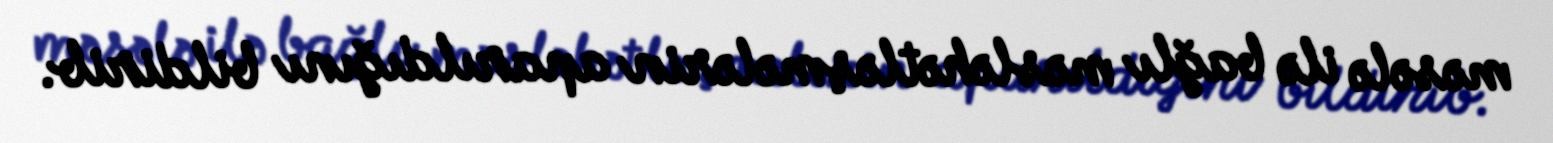
məsələ ilə bağlı məsləhətləşmələrin aparıldığını bildirib.